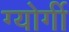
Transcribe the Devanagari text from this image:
ग्योर्गी